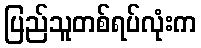
ပြည်သူတစ်ရပ်လုံးက